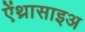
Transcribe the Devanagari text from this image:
ऐंथ्रासाइअ